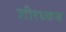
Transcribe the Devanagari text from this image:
शीरध्वज